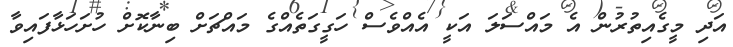
އަދި މީގެއިތުރުން އެ މައްސަލަ އަކީ އެއްވެސް ހަގީގަތެއްގެ މައްޗަށް ބިނާކޮށް ހުށަހަޅާފައިވާ